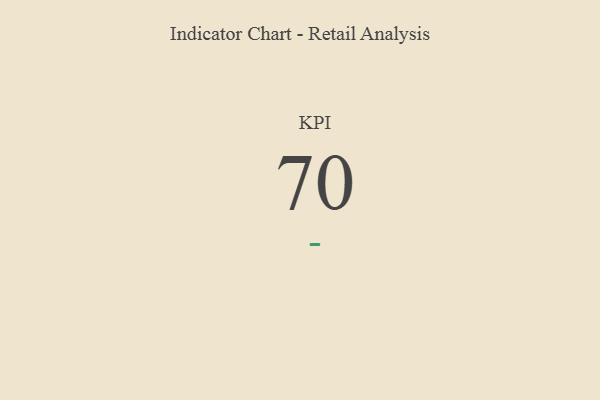
{"axis": {"x": "KPI", "y": "Value"}, "legend": [""], "data": [{"x": "KPI", "y": 70, "type": ""}]}